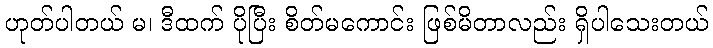
ဟုတ်ပါတယ် မ၊ ဒီထက် ပိုပြီး စိတ်မကောင်း ဖြစ်မိတာလည်း ရှိပါသေးတယ်